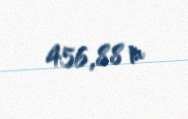
456,88 m